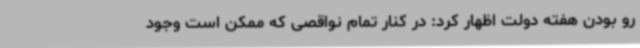
رو بودن هفته دولت اظهار کرد: در کنار تمام نواقصی که ممکن است وجود